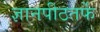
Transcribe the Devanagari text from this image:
ज्ञानपीठतर्फे